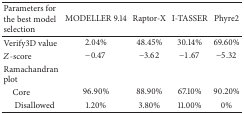
<table><thead><tr><td><b>Parameters for the best model selection</b></td><td><b>MODELLER 9.14</b></td><td><b>Raptor-X</b></td><td><b>I-TASSER</b></td><td><b>Phyre2</b></td></tr></thead><tbody><tr><td>Verify3D value</td><td>2.04%</td><td>48.45%</td><td>30.14%</td><td>69.60%</td></tr><tr><td><i>Z</i>-score</td><td>−0.47</td><td>−3.62</td><td>−1.67</td><td>−5.32</td></tr><tr><td>Ramachandran plot</td><td> </td><td> </td><td> </td><td> </td></tr><tr><td> Core</td><td>96.90%</td><td>88.90%</td><td>67.10%</td><td>90.20%</td></tr><tr><td>Disallowed</td><td>1.20%</td><td>3.80%</td><td>11.00%</td><td>0%</td></tr></tbody></table>